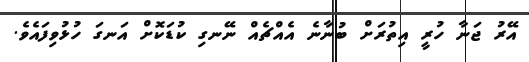
އޭރު ޖަނާ ހުރީ އިތުރަށް ބުނާނެ އެއްޗެއް ނޭނގި ކުޑަކޮށް އަނގަ ހުޅުވިފައެވެ.